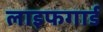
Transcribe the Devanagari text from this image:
लाइफगार्ड